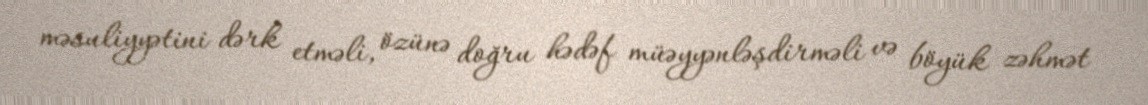
məsuliyyətini dərk etməli, özünə doğru hədəf müəyyənləşdirməli və böyük zəhmət